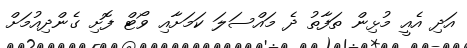
އަދި އެއީ މުޅިން ތަފާތު ދެ މައްސަލަ ކަމަށާއި ވޯޓް ފޮށި ގެންދިއުމަށް